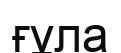
ғұла